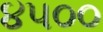
૪૫૦૦